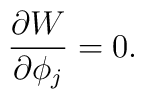
\frac{\partial W}{\partial \phi_{j}} = 0.